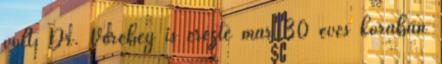
volt. Dr. Verebey is érezte már 30 éves korában